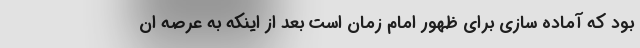
بود که آماده سازی برای ظهور امام زمان است بعد از اینکه به عرصه ان